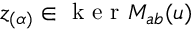
\mathfrak { z } _ { ( \alpha ) } \in \mathrm { ~ k ~ e ~ r ~ } M _ { a b } ( \mathfrak { u } )